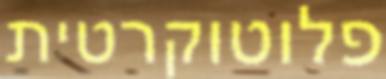
פלוטוקרטית